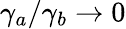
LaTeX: \gamma_{a}/\gamma_{b}\rightarrow 0